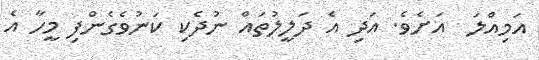
އަމިއްލަ  އަށެވެ. އަދި އެ ދަލީލުތައް ނުދެކި ކަނުވެގެންފި މީހާ އެ